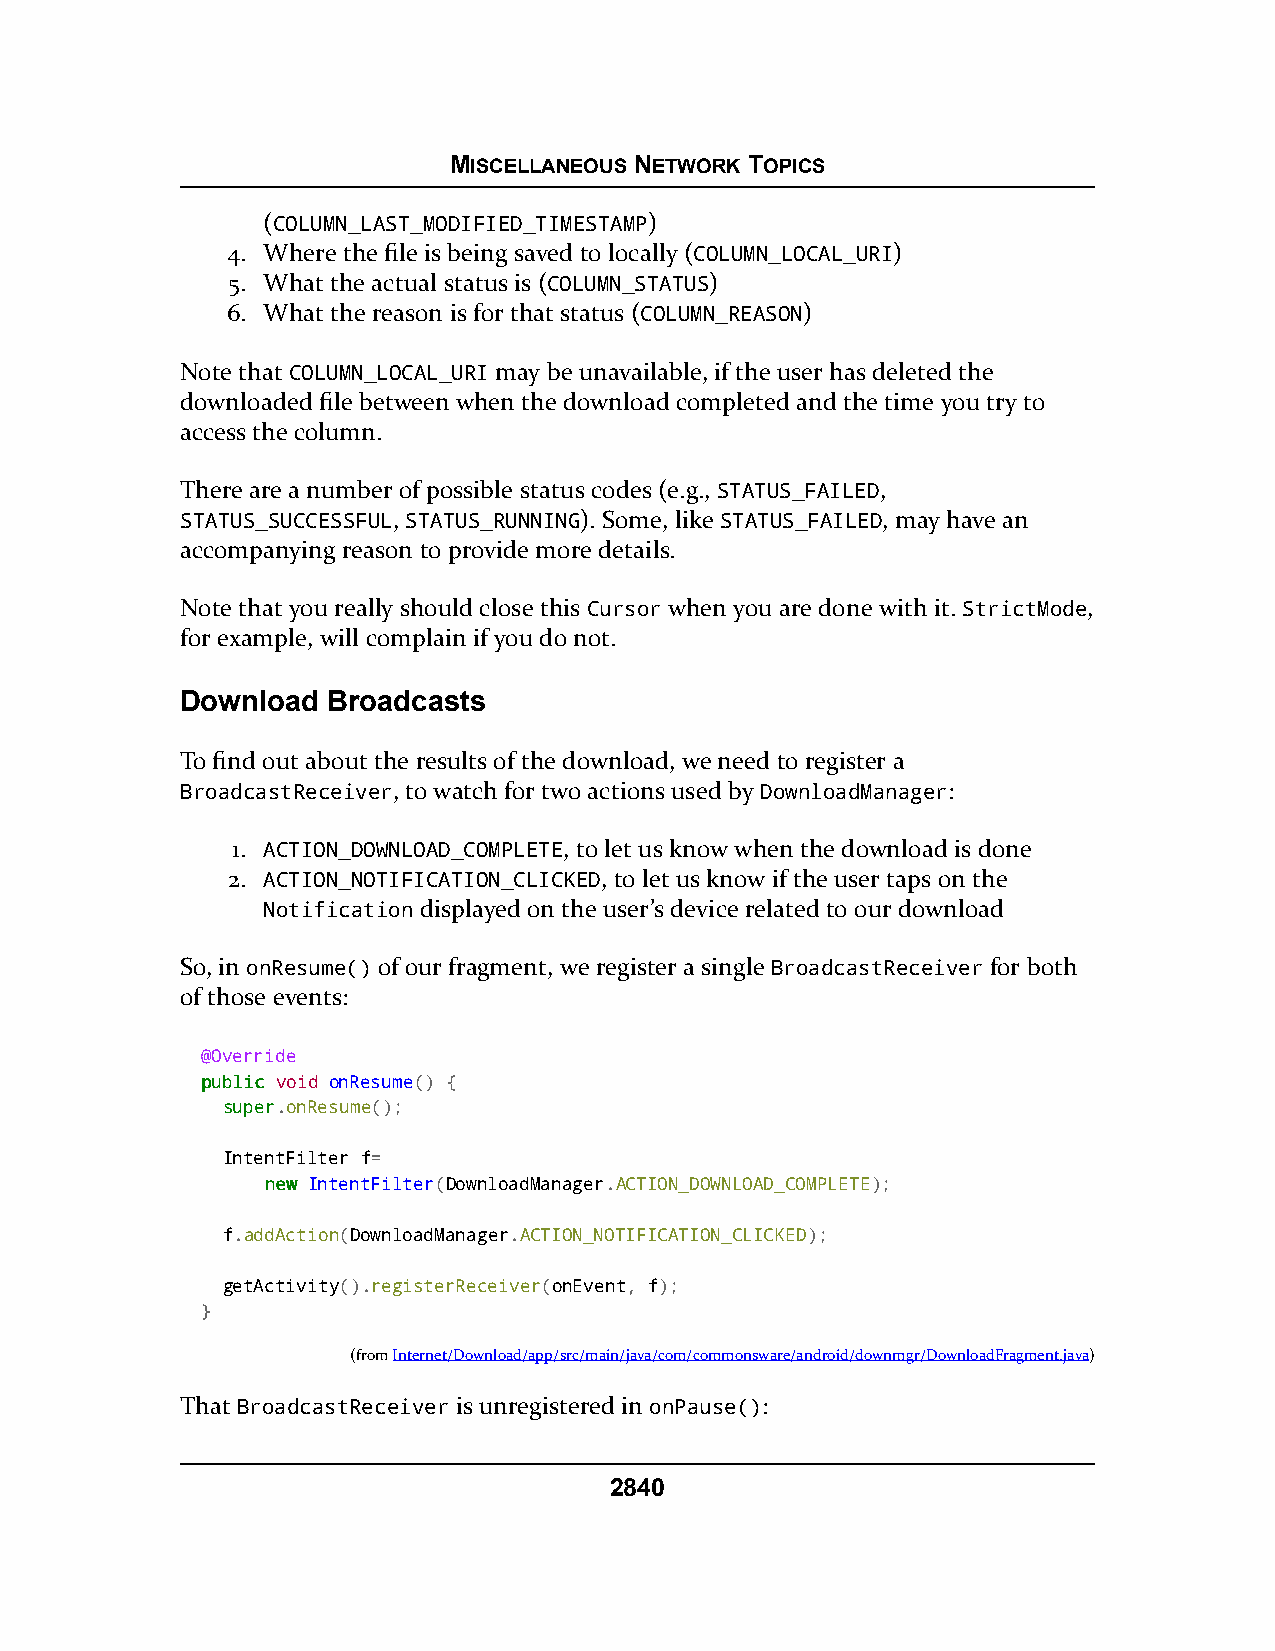
MISCELLANEOUS NETWORK TOPICS
 (COLUMN_LAST_MODIFIED_TIMESTAMP)
 4. Where the file is being saved to locally (COLUMN_LOCAL_URI)
 5. What the actual status is (COLUMN_STATUS)
 6. What the reason is for that status (COLUMN_REASON)
 Note that COLUMN_LOCAL_URI may be unavailable, if the user has deleted the
 downloaded file between when the download completed and the time you try to
 access the column.
 There are a number of possible status codes (e.g., STATUS_FAILED,
 STATUS_SUCCESSFUL, STATUS_RUNNING). Some, like STATUS_FAILED, may have an
 accompanying reason to provide more details.
 Note that you really should close this Cursor when you are done with it. StrictMode,
 for example, will complain if you do not.
 Download  Broadcasts
 To find out about the results of the download, we need to register a
 BroadcastReceiver, to watch for two actions used by DownloadManager:
 1. ACTION_DOWNLOAD_COMPLETE, to let us know when the download is done
 2. ACTION_NOTIFICATION_CLICKED, to let us know if the user taps on the
 Notification displayed on the user’s device related to our download
 So, in onResume() of our fragment, we register a single BroadcastReceiver for both
 of those events:
 @Override
 ppuubblliicc void onResume() {
 ssuuppeerr.onResume();
 IntentFilter f=
 nneeww IntentFilter(DownloadManager.ACTION_DOWNLOAD_COMPLETE);
 f.addAction(DownloadManager.ACTION_NOTIFICATION_CLICKED);
 getActivity().registerReceiver(onEvent, f);
 }
 (fromInternet/Download/app/src/main/java/com/commonsware/android/downmgr/DownloadFragment.java)
 That BroadcastReceiver is unregistered in onPause():
 2840